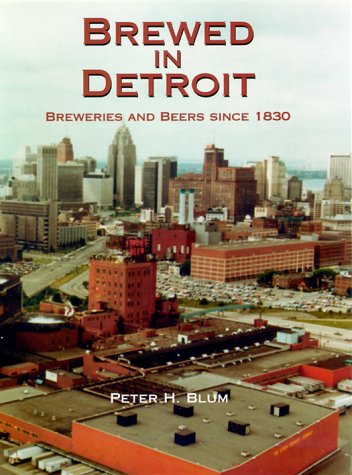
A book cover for Brewed in Detroit: Breweries and Beers Since 1830 (Great Lakes Books Series); Peter H Blum; Biographies & Memoirs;